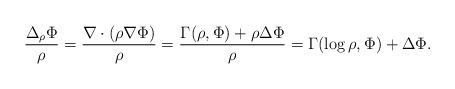
LaTeX: \begin{align*}\frac{\Delta_\rho\Phi}{\rho}=\frac{\nabla\cdot(\rho\nabla\Phi)}{\rho}=\frac{\Gamma(\rho,\Phi)+\rho\Delta\Phi}{\rho}=\Gamma(\log\rho, \Phi)+\Delta\Phi.\end{align*}